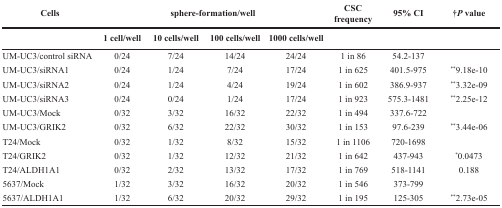
<table><thead><tr><td><b>Cells</b></td><td colspan="4"><b>sphere-formation/well</b></td><td><b>CSC frequency</b></td><td><b>95% CI</b></td><td><b>†<i>P</i> value</b></td></tr><tr><td>[EMPTY_CELL]</td><td><b>1 cell/well</b></td><td><b>10 cells/well</b></td><td><b>100 cells/well</b></td><td><b>1000 cells/well</b></td><td>[EMPTY_CELL]</td><td>[EMPTY_CELL]</td><td>[EMPTY_CELL]</td></tr></thead><tbody><tr><td>UM-UC3/control siRNA</td><td>0/24</td><td>7/24</td><td>14/24</td><td>24/24</td><td>1 in 86</td><td>54.2-137</td><td>[EMPTY_CELL]</td></tr><tr><td>UM-UC3/siRNA1</td><td>0/24</td><td>1/24</td><td>7/24</td><td>17/24</td><td>1 in 625</td><td>401.5-975</td><td><sup>*</sup>9.18e-10</td></tr><tr><td>UM-UC3/siRNA2</td><td>0/24</td><td>1/24</td><td>4/24</td><td>19/24</td><td>1 in 602</td><td>386.9-937</td><td><sup>*</sup>3.32e-09</td></tr><tr><td>UM-UC3/siRNA3</td><td>0/24</td><td>0/24</td><td>1/24</td><td>17/24</td><td>1 in 923</td><td>575.3-1481</td><td><sup>*</sup>2.25e-12</td></tr><tr><td>UM-UC3/Mock</td><td>0/32</td><td>3/32</td><td>16/32</td><td>22/32</td><td>1 in 494</td><td>337.6-722</td><td>[EMPTY_CELL]</td></tr><tr><td>UM-UC3/GRIK2</td><td>0/32</td><td>6/32</td><td>22/32</td><td>30/32</td><td>1 in 153</td><td>97.6-239</td><td><sup>*</sup>3.44e-06</td></tr><tr><td>T24/Mock</td><td>0/32</td><td>1/32</td><td>8/32</td><td>15/32</td><td>1 in 1106</td><td>720-1698</td><td>[EMPTY_CELL]</td></tr><tr><td>T24/GRIK2</td><td>0/32</td><td>1/32</td><td>12/32</td><td>21/32</td><td>1 in 642</td><td>437-943</td><td>*0.0473</td></tr><tr><td>T24/ALDH1A1</td><td>0/32</td><td>2/32</td><td>13/32</td><td>17/32</td><td>1 in 769</td><td>518-1141</td><td>0.188</td></tr><tr><td>5637/Mock</td><td>1/32</td><td>3/32</td><td>16/32</td><td>20/32</td><td>1 in 546</td><td>373-799</td><td>[EMPTY_CELL]</td></tr><tr><td>5637/ALDH1A1</td><td>1/32</td><td>6/32</td><td>20/32</td><td>29/32</td><td>1 in 195</td><td>125-305</td><td><sup>*</sup>2.73e-05</td></tr></tbody></table>